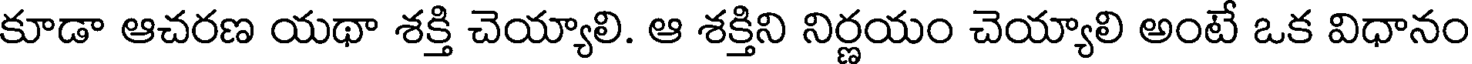
కూడా ఆచరణ యథా శక్తి చెయ్యాలి. ఆ శక్తిని నిర్ణయం చెయ్యాలి అంటే ఒక విధానం